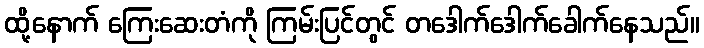
ထို့နောက် ကြေးဆေးတံကို ကြမ်းပြင်တွင် တဒေါက်ဒေါက်ခေါက်နေသည်။